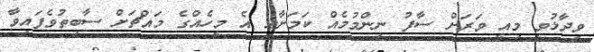
ވިދާޅުވީ މިއީ ވަރަށް ސާފު ނިންމުމެއް ކަމަށާއި އެ މީހެއްގެ މައްޗަށް ސާބިތުވެފައިވާ